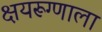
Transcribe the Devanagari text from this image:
क्षयरूग्णाला